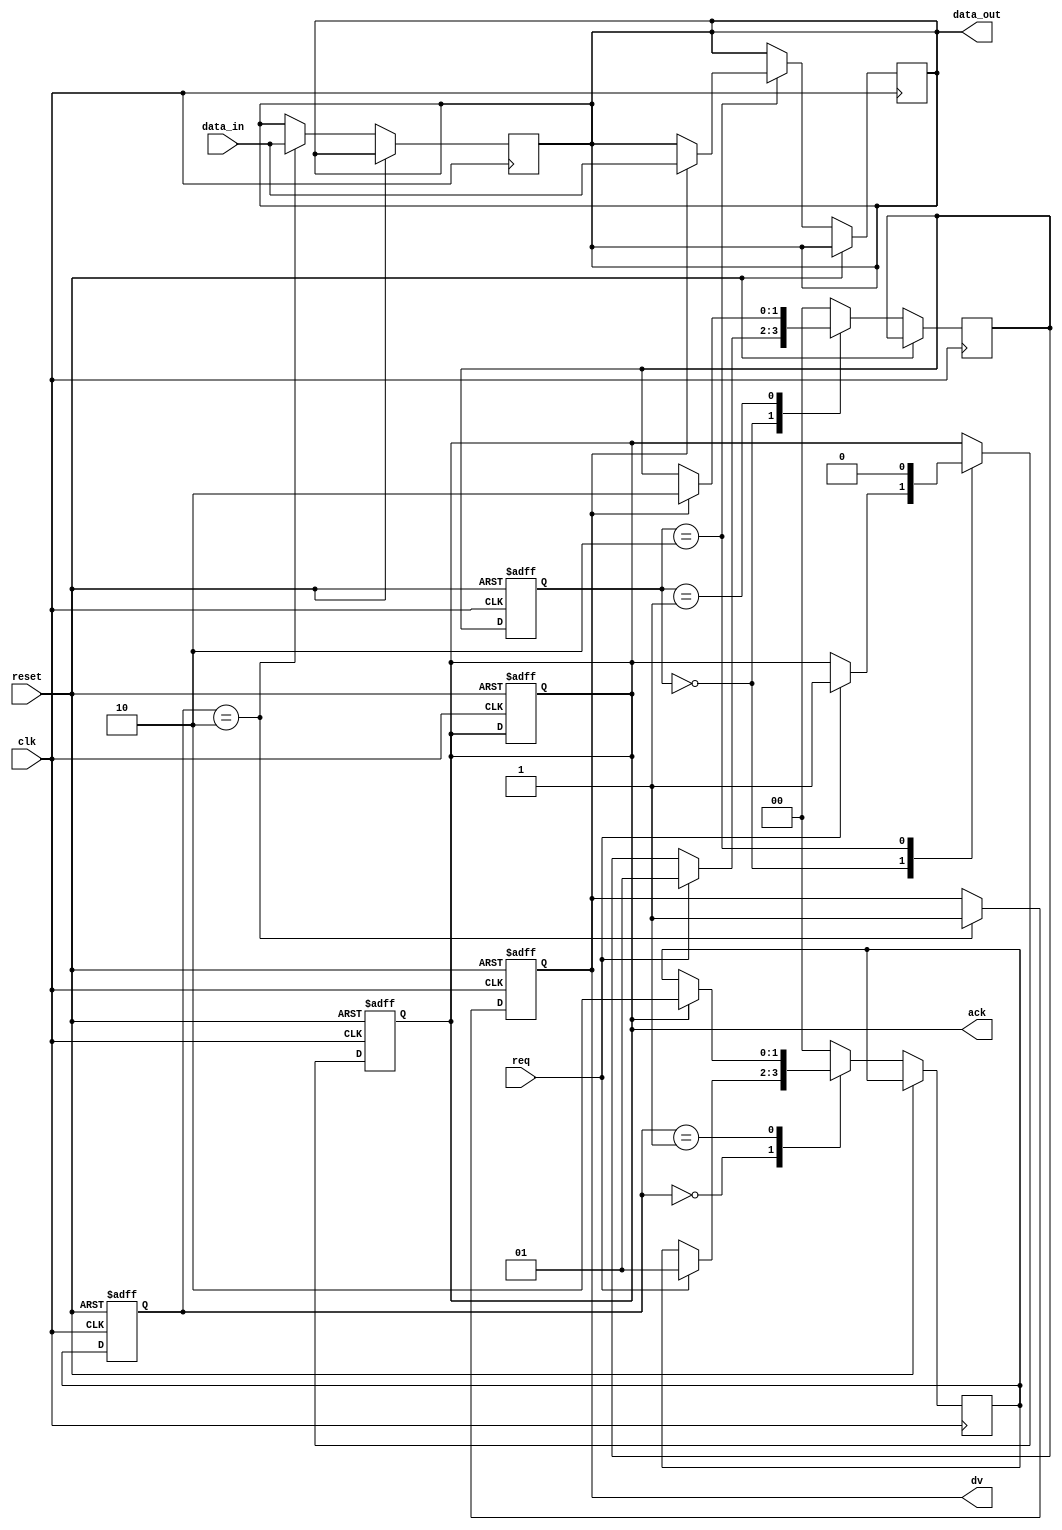
module three_phase_handshake (
    input wire clk,
    input wire reset,
    input wire req,           // Producer Request
    output reg ack,          // Consumer Acknowledge
    input wire [7:0] data_in, // Data from Producer
    output reg [7:0] data_out, // Data to Consumer
    output reg dv            // Data Valid
);

// State definitions for Producer
parameter IDLE       = 2'b00;
parameter WAIT_ACK   = 2'b01;
parameter SEND_DATA  = 2'b10;

reg [1:0] producer_state, producer_next_state;

// State definitions for Consumer
parameter CONSUMER_IDLE = 2'b00;
parameter WAIT_REQ      = 2'b01;
parameter READ_DATA     = 2'b10;

reg [1:0] consumer_state, consumer_next_state;

// Producer FSM
always @(posedge clk or posedge reset) begin
    if (reset) begin
        producer_state <= IDLE;
        ack <= 0;
        dv <= 0;
    end else begin
        producer_state <= producer_next_state;

        case (producer_state)
            IDLE: begin
                if (req) begin
                    producer_next_state <= WAIT_ACK;
                end
            end
            WAIT_ACK: begin
                if (ack) begin
                    producer_next_state <= SEND_DATA;
                end
            end
            SEND_DATA: begin
                dv <= 1; // Assert Data Valid
                data_out <= data_in; // Send data to consumer
                producer_next_state <= IDLE; // Go back to IDLE after sending
            end
            default: producer_next_state <= IDLE;
        endcase
    end
end

// Consumer FSM
always @(posedge clk or posedge reset) begin
    if (reset) begin
        consumer_state <= CONSUMER_IDLE;
        ack <= 0;
    end else begin
        consumer_state <= consumer_next_state;

        case (consumer_state)
            CONSUMER_IDLE: begin
                if (req) begin
                    ack <= 1; // Ready to receive data
                    consumer_next_state <= WAIT_REQ;
                end
            end
            WAIT_REQ: begin
                if (dv) begin
                    consumer_next_state <= READ_DATA; // Move to READ_DATA state when DV is asserted
                end
            end
            READ_DATA: begin
                // Read data from bus after DV is high
                if (dv) begin
                    data_out <= data_in; // Read the data from producer
                end
                ack <= 0; // Deassert acknowledge after receiving
                consumer_next_state <= CONSUMER_IDLE; // Go back to IDLE
            end
            default: consumer_next_state <= CONSUMER_IDLE;
        endcase
    end
end

endmodule